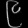
Digit: ၉